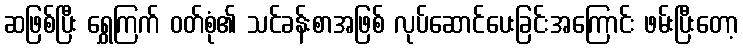
ဆဖြစ်ပြီး ရွှေကြက် ဝတ်စုံ၏ သင်ခန်းစာအဖြစ် လုပ်ဆောင်ပေးခြင်းအကြောင်း ဖမ်းပြီးတော့